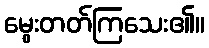
မွေးတတ်ကြသေး၏။